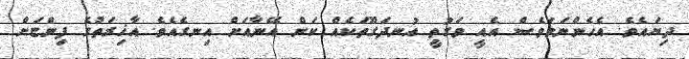
ދިޔައެވެ. އެހެންނަމަވެސް އެއީ ވަގުތީ އުނދަގޫތަކެއް ކަން އޭނާއަށް އިނގެއެވެ. އާޚިރަތުގެ ފިންޏަށް